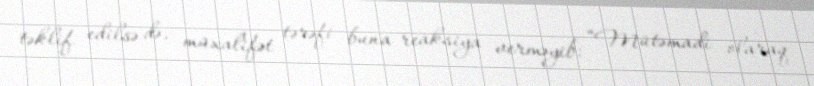
təklif edilsə də, müxalifət tərəfi buna reaksiya verməyib: “Mütəmadi olaraq